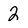
Character: 2